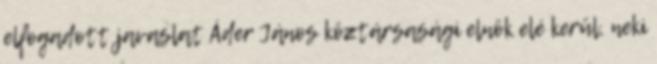
elfogadott javaslat Áder János köztársasági elnök elé kerül, neki